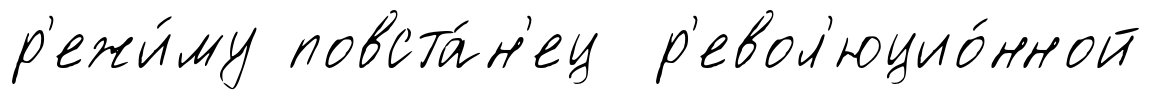
р'ежи́му повста́н'ец р'евол'юцио́нной